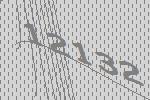
12132